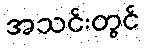
အသင်းတွင်